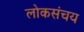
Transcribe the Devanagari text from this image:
लोकसंचय